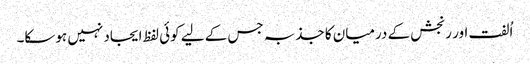
اُلفت اور رنجش کے درمیان کا جذبہ جس کے لیے کوئی لفظ ایجاد نہیں ہوسکا۔